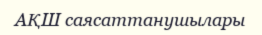
АҚШ саясаттанушылары